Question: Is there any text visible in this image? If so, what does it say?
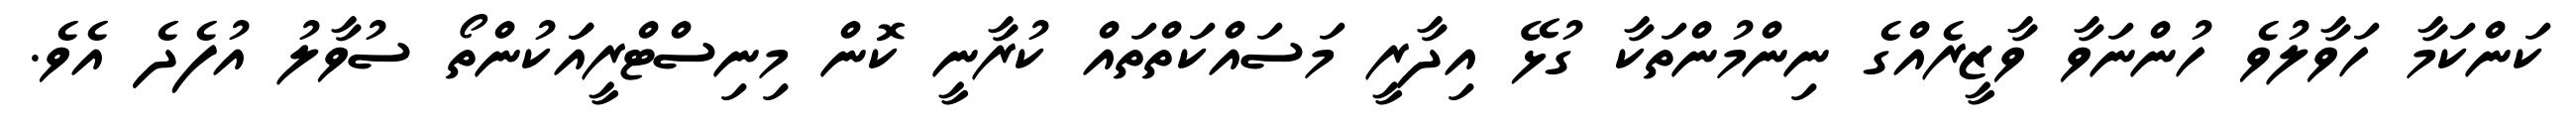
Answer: ކަންކަމާ ހަވާލުވެ ހުންނަވާ ވާޒީރެއްގެ ނިންމުންތަކާ ގުޅޭ އިދާރީ މަސައްކަތްތައް ކުރާނީ ކޮން މިނިސްޓްރީއަަކުންތޯ ސުވާލު އުފެދެ އެވެ.